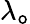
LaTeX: \lambda_{\mathtt{o}}